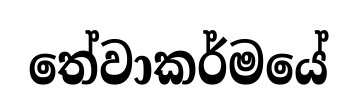
තේවාකර්මයේ